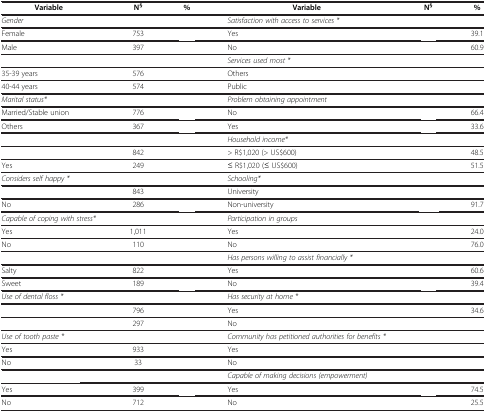
<table><thead><tr><td><b>Variable</b></td><td><b>N<sup>§</sup></b></td><td><b>%</b></td><td><b>Variable</b></td><td><b>N<sup>§</sup></b></td><td><b>%</b></td></tr></thead><tbody><tr><td><i>Gender</i></td><td>[EMPTY_CELL]</td><td>[EMPTY_CELL]</td><td><i>Satisfaction with access to services *</i></td><td>[EMPTY_CELL]</td><td>[EMPTY_CELL]</td></tr><tr><td>Female</td><td>753</td><td>[EMPTY_CELL]</td><td>Yes</td><td>[EMPTY_CELL]</td><td>39.1</td></tr><tr><td>Male</td><td>397</td><td>[EMPTY_CELL]</td><td>No</td><td>[EMPTY_CELL]</td><td>60.9</td></tr><tr><td>[EMPTY_CELL]</td><td>[EMPTY_CELL]</td><td>[EMPTY_CELL]</td><td><i>Services used most *</i></td><td>[EMPTY_CELL]</td><td>[EMPTY_CELL]</td></tr><tr><td>35-39 years</td><td>576</td><td>[EMPTY_CELL]</td><td>Others</td><td>[EMPTY_CELL]</td><td>[EMPTY_CELL]</td></tr><tr><td>40-44 years</td><td>574</td><td>[EMPTY_CELL]</td><td>Public</td><td>[EMPTY_CELL]</td><td>[EMPTY_CELL]</td></tr><tr><td><i>Marital status*</i></td><td>[EMPTY_CELL]</td><td>[EMPTY_CELL]</td><td><i>Problem obtaining appointment</i></td><td>[EMPTY_CELL]</td><td>[EMPTY_CELL]</td></tr><tr><td>Married/Stable union</td><td>776</td><td>[EMPTY_CELL]</td><td>No</td><td>[EMPTY_CELL]</td><td>66.4</td></tr><tr><td>Others</td><td>367</td><td>[EMPTY_CELL]</td><td>Yes</td><td>[EMPTY_CELL]</td><td>33.6</td></tr><tr><td>[EMPTY_CELL]</td><td>[EMPTY_CELL]</td><td>[EMPTY_CELL]</td><td><i>Household income*</i></td><td>[EMPTY_CELL]</td><td>[EMPTY_CELL]</td></tr><tr><td>[EMPTY_CELL]</td><td>842</td><td>[EMPTY_CELL]</td><td>&gt; R$1,020 (&gt; US$600)</td><td>[EMPTY_CELL]</td><td>48.5</td></tr><tr><td>Yes</td><td>249</td><td>[EMPTY_CELL]</td><td>≤ R$1,020 (≤ US$600)</td><td>[EMPTY_CELL]</td><td>51.5</td></tr><tr><td><i>Considers self happy *</i></td><td>[EMPTY_CELL]</td><td>[EMPTY_CELL]</td><td><i>Schooling*</i></td><td>[EMPTY_CELL]</td><td>[EMPTY_CELL]</td></tr><tr><td>[EMPTY_CELL]</td><td>843</td><td>[EMPTY_CELL]</td><td>University</td><td>[EMPTY_CELL]</td><td>[EMPTY_CELL]</td></tr><tr><td>No</td><td>286</td><td>[EMPTY_CELL]</td><td>Non-university</td><td>[EMPTY_CELL]</td><td>91.7</td></tr><tr><td><i>Capable of coping with stress*</i></td><td>[EMPTY_CELL]</td><td>[EMPTY_CELL]</td><td><i>Participation in groups</i></td><td>[EMPTY_CELL]</td><td>[EMPTY_CELL]</td></tr><tr><td>Yes</td><td>1,011</td><td>[EMPTY_CELL]</td><td>Yes</td><td>[EMPTY_CELL]</td><td>24.0</td></tr><tr><td>No</td><td>110</td><td>[EMPTY_CELL]</td><td>No</td><td>[EMPTY_CELL]</td><td>76.0</td></tr><tr><td>[EMPTY_CELL]</td><td>[EMPTY_CELL]</td><td>[EMPTY_CELL]</td><td><i>Has persons willing to assist financially *</i></td><td>[EMPTY_CELL]</td><td>[EMPTY_CELL]</td></tr><tr><td>Salty</td><td>822</td><td>[EMPTY_CELL]</td><td>Yes</td><td>[EMPTY_CELL]</td><td>60.6</td></tr><tr><td>Sweet</td><td>189</td><td>[EMPTY_CELL]</td><td>No</td><td>[EMPTY_CELL]</td><td>39.4</td></tr><tr><td><i>Use of dental floss *</i></td><td>[EMPTY_CELL]</td><td>[EMPTY_CELL]</td><td><i>Has security at home *</i></td><td>[EMPTY_CELL]</td><td>[EMPTY_CELL]</td></tr><tr><td>[EMPTY_CELL]</td><td>796</td><td>[EMPTY_CELL]</td><td>Yes</td><td>[EMPTY_CELL]</td><td>34.6</td></tr><tr><td>[EMPTY_CELL]</td><td>297</td><td>[EMPTY_CELL]</td><td>No</td><td>[EMPTY_CELL]</td><td>[EMPTY_CELL]</td></tr><tr><td><i>Use of tooth paste *</i></td><td>[EMPTY_CELL]</td><td>[EMPTY_CELL]</td><td><i>Community has petitioned authorities for benefits *</i></td><td>[EMPTY_CELL]</td><td>[EMPTY_CELL]</td></tr><tr><td>Yes</td><td>933</td><td>[EMPTY_CELL]</td><td>Yes</td><td>[EMPTY_CELL]</td><td>[EMPTY_CELL]</td></tr><tr><td>No</td><td>33</td><td>[EMPTY_CELL]</td><td>No</td><td>[EMPTY_CELL]</td><td>[EMPTY_CELL]</td></tr><tr><td>[EMPTY_CELL]</td><td>[EMPTY_CELL]</td><td>[EMPTY_CELL]</td><td><i>Capable of making decisions (empowerment)</i></td><td>[EMPTY_CELL]</td><td>[EMPTY_CELL]</td></tr><tr><td>Yes</td><td>399</td><td>[EMPTY_CELL]</td><td>Yes</td><td>[EMPTY_CELL]</td><td>74.5</td></tr><tr><td>No</td><td>712</td><td>[EMPTY_CELL]</td><td>No</td><td>[EMPTY_CELL]</td><td>25.5</td></tr></tbody></table>